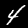
Label: 4